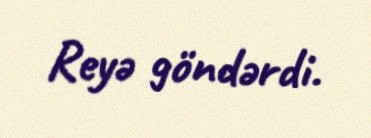
Reyə göndərdi.